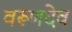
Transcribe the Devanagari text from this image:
वरूणदेव